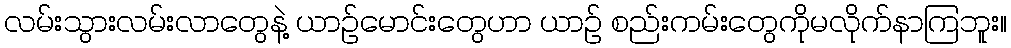
လမ်းသွားလမ်းလာတွေနဲ့ ယာဉ်မောင်းတွေဟာ ယာဉ် စည်းကမ်းတွေကိုမလိုက်နာကြဘူး။